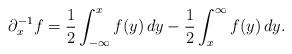
LaTeX: \begin{align*}\partial_x^{-1}f = \frac12\int_{-\infty}^xf(y)\,dy - \frac12\int_x^\infty f(y)\,dy.\end{align*}